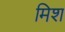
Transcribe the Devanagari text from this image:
मिश